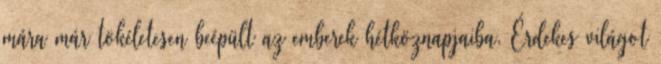
mára már tökéletesen beépült az emberek hétköznapjaiba. Érdekes világot